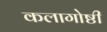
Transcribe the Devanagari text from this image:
कलागोष्ठी